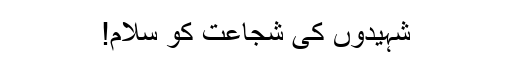
شہیدوں کی شجاعت کو سلام!